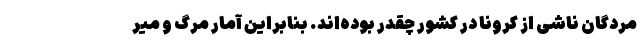
مردگان ناشی از کرونا در کشور چقدر بوده‌اند. بنابراین آمار مرگ و میر